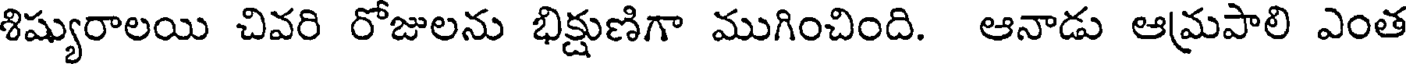
శిష్యురాలయి చివరి రోజులను భిక్షుణిగా ముగించింది. ఆనాడు ఆమ్రపాలి ఎంత